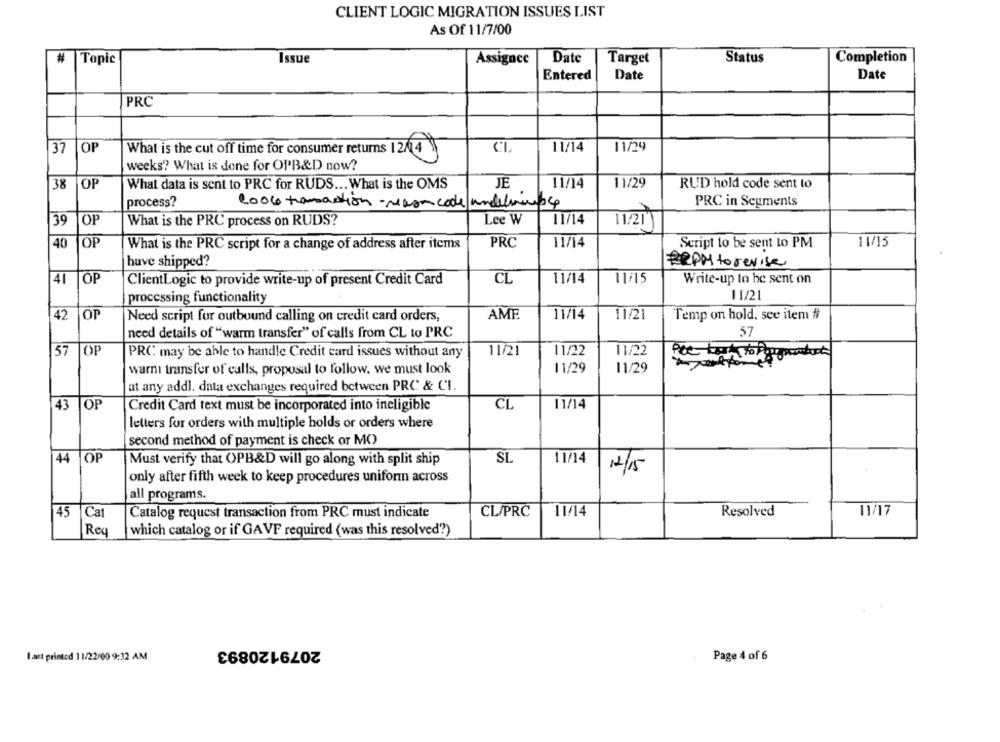
CLIENT LOGIC MIGRATION ISSUES LIST
As Of 11/7/00
#
Topic
Issue
Assignee
Date
Target
Status
Completion
Entered
Date
Date
PRC
37
OP
CL
11/14
11/29
What is the cut off time for consumer returns 12/1 4
weeks? What is done for OPB&D now?
38
OP
What data is sent to PRC for RUDS ... What is the OMS
JE
11/14
11/29
RUD hold code sent to
process?
100G transaction - reason code undelimp 4
PRC in Scuments
39
OP
What is the PRC process on RUDS?
Lee W
11/14
11:21
40
OP
PRC
11/14
Script to be sent to PM
11/15
What is the PRC script for a change of address after items
have shipped?
ERPM torevise
41
OP
ClientLogic to provide write-up of present Credit Card
CL
11/14
11/15
Write-up to be sent on
11/21
processing functionality
42
OP
Need script for outbound calling on credit card orders,
AME
11/14
11/21
Temp on hold, see item #
57
need details of "warm transfer" of calls from CL to PRC
57
TOP
PRC may be able to handle Credit card issues without any
11/21
11/22
11/22
warni transfer of calls, proposal to follow. we must look
11/29
11/29
at any addl. data exchanges required between PRC & C'I.
43
OF
Credit Card text must be incorporated into ineligible
CL
11/14
letters for orders with multiple holds or orders where
second method of payment is check or MC
44 OP
SL
11/14
Must verify that OPB&D will go along with split ship
12/15
only after fifth week to keep procedures uniform across
all programs.
45
Catalog request transaction from PRC must indicate
11/14
Resolved
11/17
Cat
CL/PRC
Req
which catalog or if GAVF required (was this resolved?)
2079120893
I ast printed 11/22/00 9:32 AM
Page 4 of 6